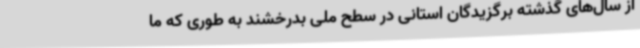
از سال‌های گذشته برگزیدگان استانی در سطح ملی بدرخشند به طوری که ما